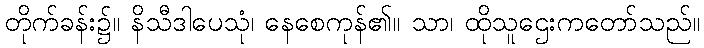
တိုက်ခန်း၌။ နိသီဒါပေသုံ၊ နေစေကုန်၏။ သာ၊ ထိုသူဌေးကတော်သည်။